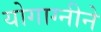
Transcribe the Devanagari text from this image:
योगाग्नीने